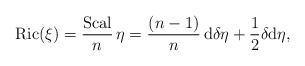
LaTeX: \begin{align*} {\rm Ric} (\xi) =\frac{\rm Scal}{n} \, \eta = \frac{(n - 1)}{n} \, {\rm d} \delta \eta + \frac{1}{2} \delta {\rm d} \eta, \end{align*}